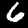
Digit: 6